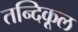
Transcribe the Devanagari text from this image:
तन्दिकूल